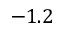
- 1 . 2